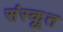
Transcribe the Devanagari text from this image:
संंस्कृृत